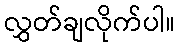
လွှတ်ချလိုက်ပါ။